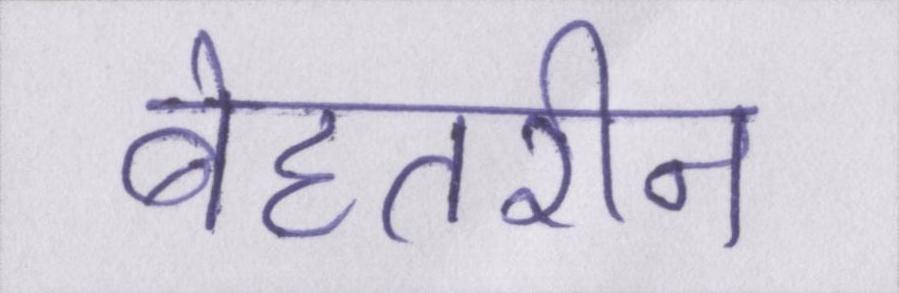
बेहतरीन